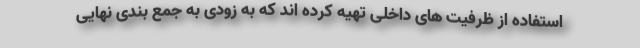
استفاده از ظرفیت های داخلی تهیه کرده اند که به زودی به جمع بندی نهایی